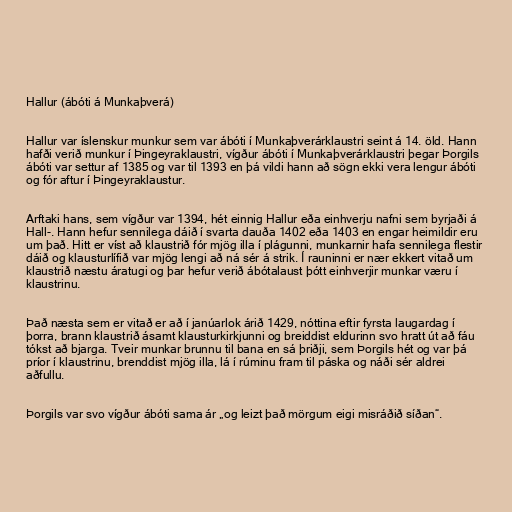
Hallur (ábóti á Munkaþverá)

Hallur var íslenskur munkur sem var ábóti í Munkaþverárklaustri seint á 14. öld. Hann
hafði verið munkur í Þingeyraklaustri, vígður ábóti í Munkaþverárklaustri þegar Þorgils
ábóti var settur af 1385 og var til 1393 en þá vildi hann að sögn ekki vera lengur ábóti
og fór aftur í Þingeyraklaustur.

Arftaki hans, sem vígður var 1394, hét einnig Hallur eða einhverju nafni sem byrjaði á
Hall-. Hann hefur sennilega dáið í svarta dauða 1402 eða 1403 en engar heimildir eru
um það. Hitt er víst að klaustrið fór mjög illa í plágunni, munkarnir hafa sennilega flestir
dáið og klausturlífið var mjög lengi að ná sér á strik. Í rauninni er nær ekkert vitað um
klaustrið næstu áratugi og þar hefur verið ábótalaust þótt einhverjir munkar væru í
klaustrinu.

Það næsta sem er vitað er að í janúarlok árið 1429, nóttina eftir fyrsta laugardag í
þorra, brann klaustrið ásamt klausturkirkjunni og breiddist eldurinn svo hratt út að fáu
tókst að bjarga. Tveir munkar brunnu til bana en sá þriðji, sem Þorgils hét og var þá
príor í klaustrinu, brenddist mjög illa, lá í rúminu fram til páska og náði sér aldrei
aðfullu.

Þorgils var svo vígður ábóti sama ár „og leizt það mörgum eigi misráðið síðan“.